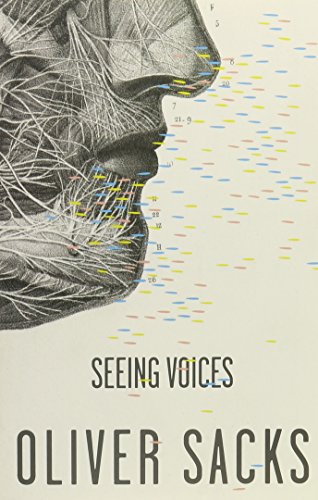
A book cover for Seeing Voices; Oliver Sacks; Medical Books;